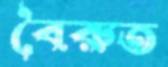
বৈরুত